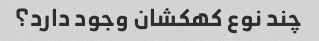
چند نوع کهکشان وجود دارد؟